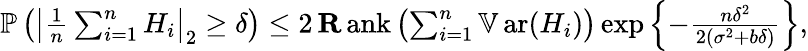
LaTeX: \begin{array}{r}{\operatorname{\mathbb P}\left(\left|\frac 1n\sum_{i=1}^{n}H_{i}\right|_{2}\ge\delta\right)\le 2\operatorname{\mathbf Rank}\left(\sum_{i=1}^{n}\operatorname{\mathbb{V}ar}(H_{i})\right)\exp\left\{ -\frac{n\delta^{2}}{2(\sigma^{2}+b\delta)}\right\} ,}\end{array}